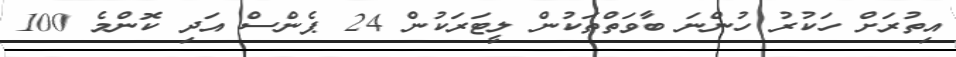
އިތުރަށް ހަކުރު ހުންނަ ބާވަތްތަކުން ލީޓަރަކުން 24 ޕެންސް އަދި ކޮންމެ 100